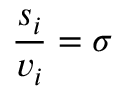
{ \frac { s _ { i } } { v _ { i } } } = \sigma